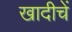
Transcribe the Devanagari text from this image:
खादीचें